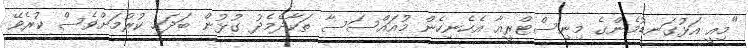
"މިއީ އަޅުގަނޑުމެންގެ މިނިސްޓްރީއާ އެހެނިހެން މުއައްސަސާ ތަކާދެމެދު ގުޅުން ބަދަހި ކުރުމަށްވެސް ކުރެވޭ